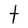
Character: t